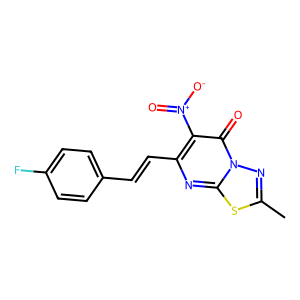
SMILES: Cc1nn2c(=O)c([N+](=O)[O-])c(C=Cc3ccc(F)cc3)nc2s1
Inhibits HIV replication: No